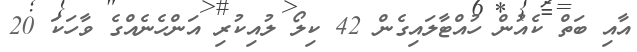
އާއި ބަތް ކެއުން ހުއްޓާލައިގެން 42 ކިލޯ ލުއިކުރި އަންހެނެއްގެ ވާހަކަ 20